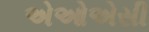
એઓએસી